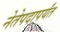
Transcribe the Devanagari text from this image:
नेतेपदापर्यंत